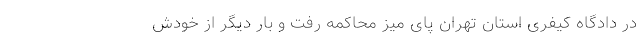
در دادگاه کیفری استان تهران پای میز محاکمه رفت و بار دیگر از خودش